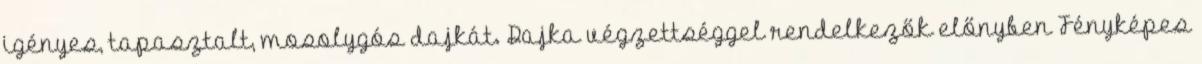
igényes, tapasztalt, mosolygós dajkát. Dajka végzettséggel rendelkezők előnyben Fényképes